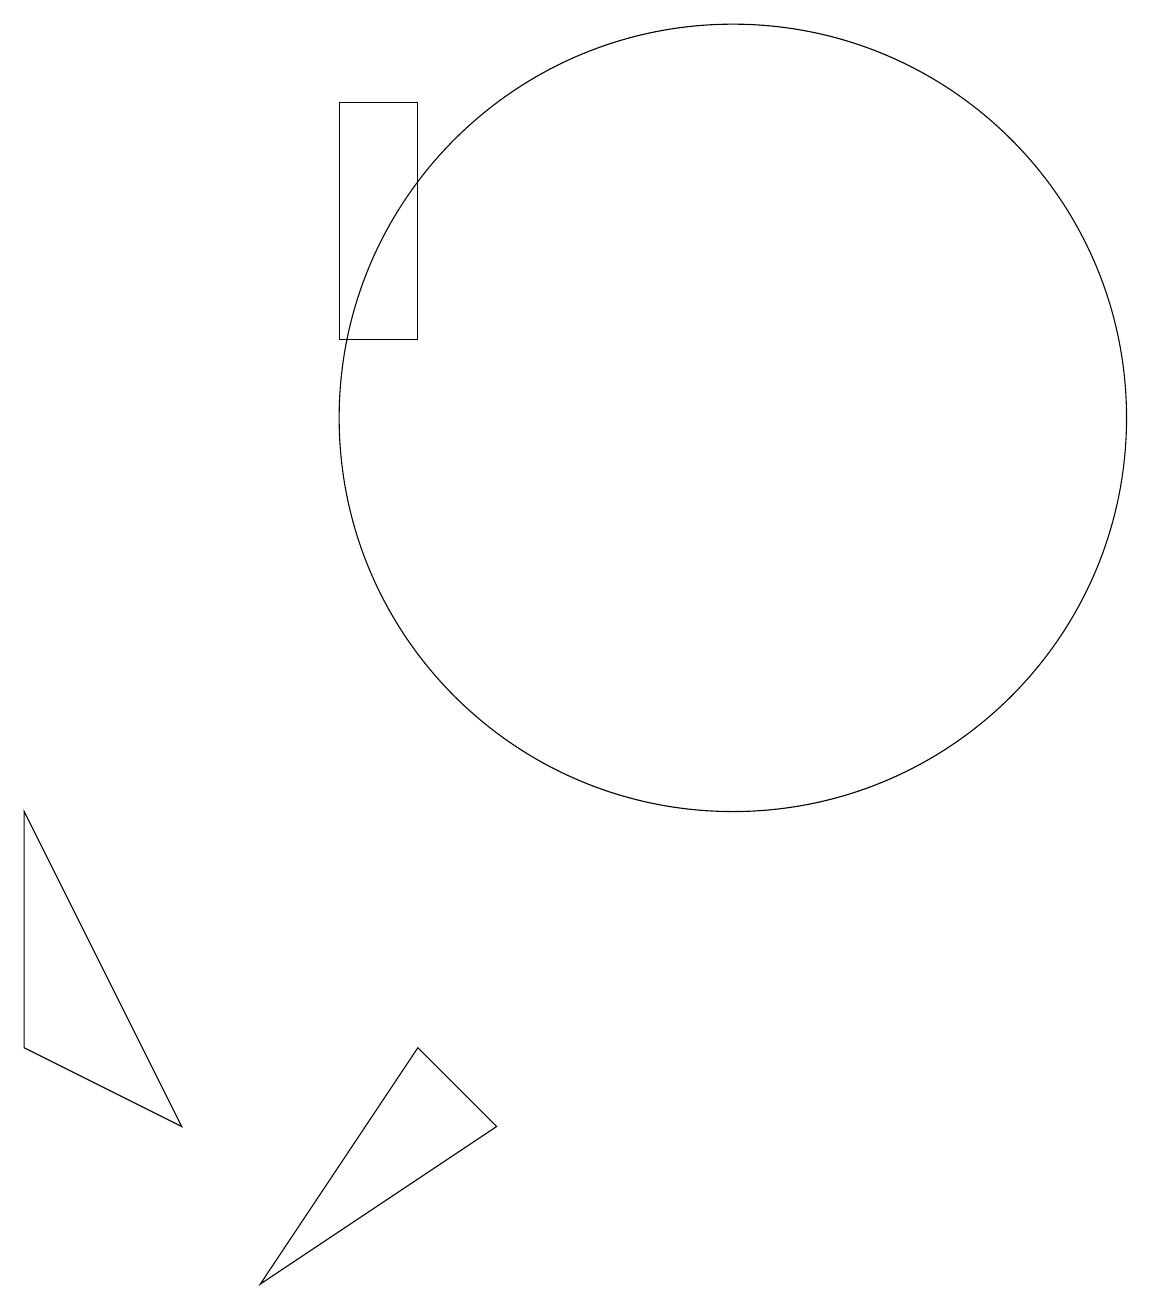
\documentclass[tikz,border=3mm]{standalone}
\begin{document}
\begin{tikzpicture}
\draw (1,7) -- (3,3) -- (1,4) -- cycle;
\draw (6,16) rectangle (5,13);
\draw (4,1) -- (7,3) -- (6,4) -- cycle;
\draw (10,12) circle (5);
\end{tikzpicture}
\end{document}